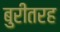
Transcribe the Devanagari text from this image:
बुरीतरह